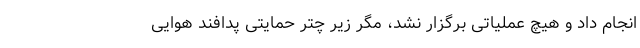
انجام داد و هیچ عملیاتی برگزار نشد، مگر زیر چتر حمایتی پدافند هوایی